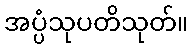
အပ္ပံသုပတိသုတ်။